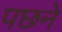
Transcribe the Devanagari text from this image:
पछने